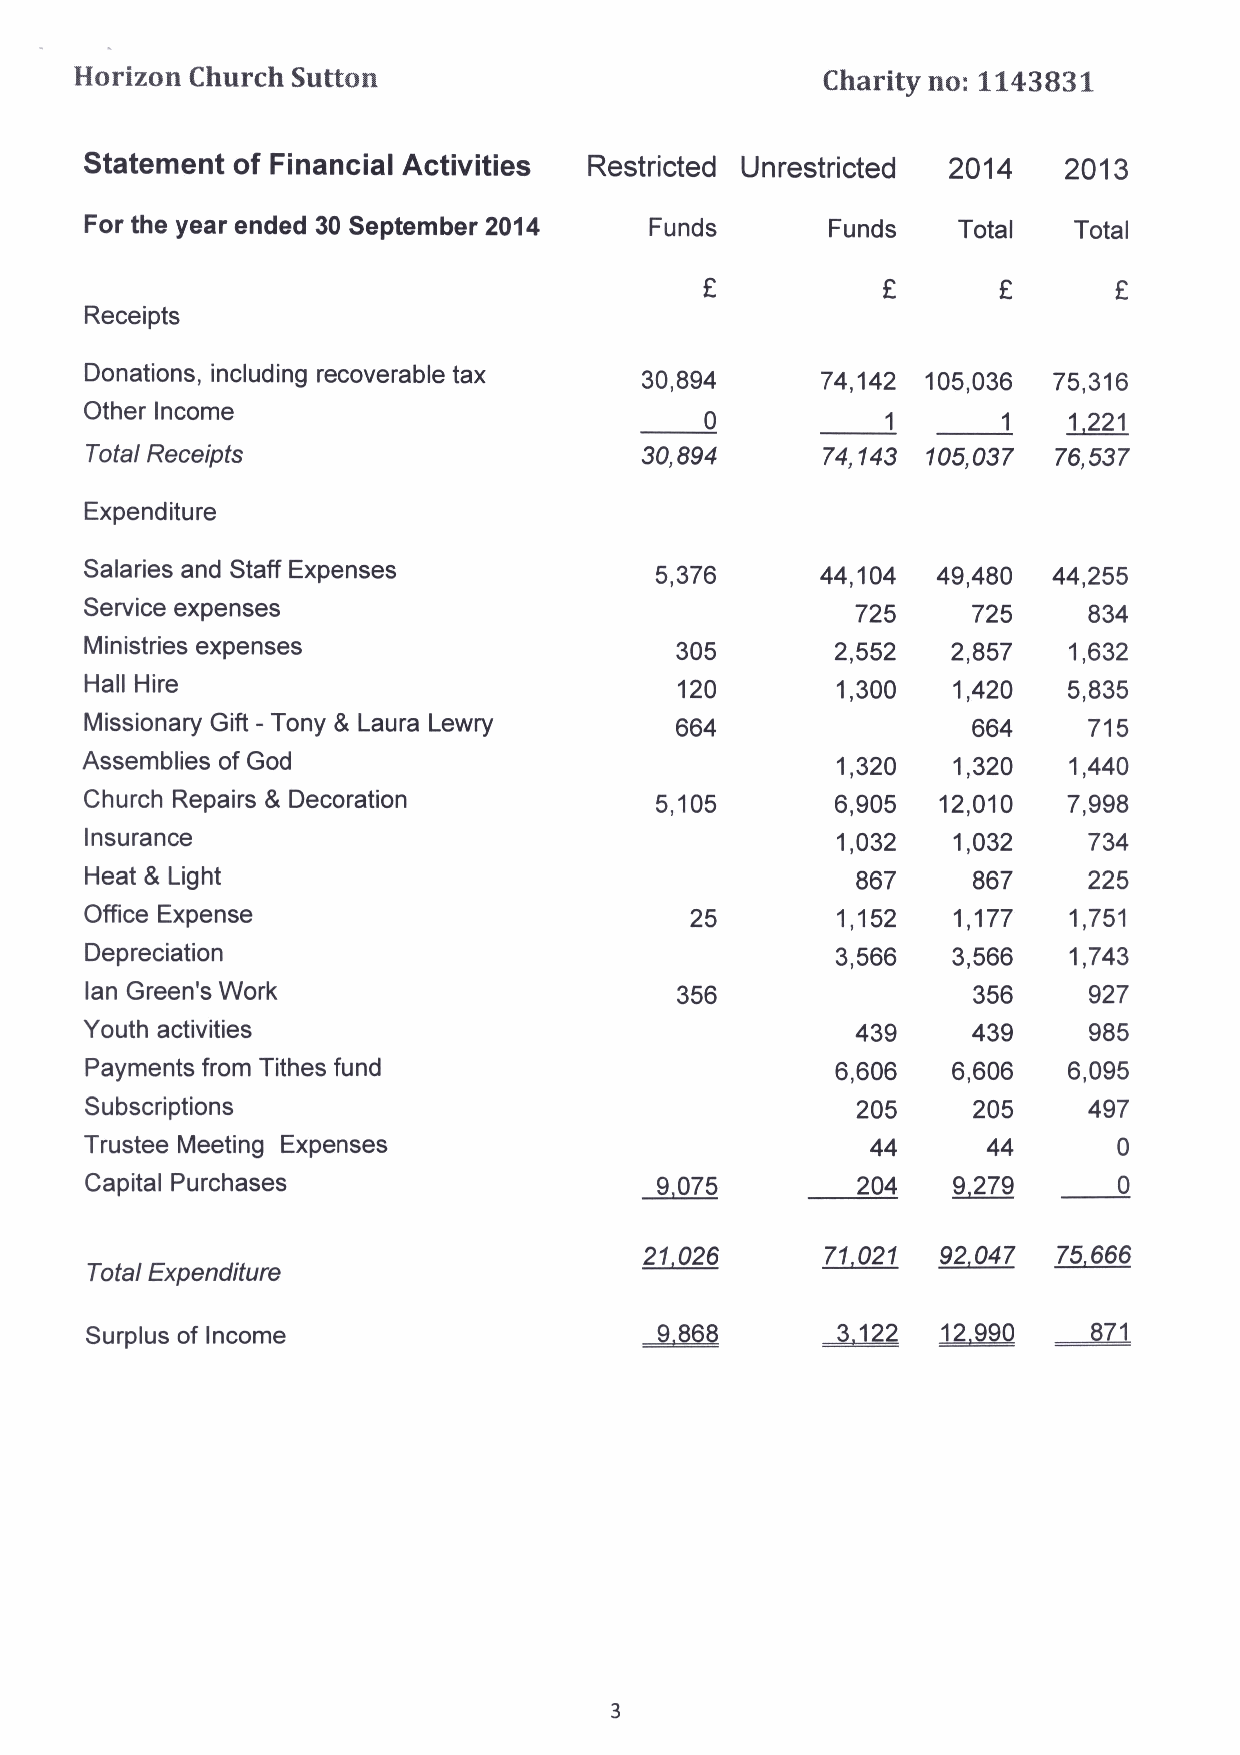
Horizon Church Sutton                            Charity no: 1143831
 Statement of Financial Activities Restricted Unrestricted 2014  2013
 For the year ended 30 September 2014 Funds       Funds   Total   Total
 Receipts
 Donations, including recoverable tax 30,894     74,142 105,036  75,316
 Other Income
 0           1      1    1 221
 Total Receipts                      30,894      74,143 105,037  76,537
 Expenditure
 Salaries and Staff Expenses          5,376      44,104  49,480  44,255
 Service expenses                                   725    725     834
 Ministries expenses                    305       2,552   2,857   1,632
 Hall Hire                              120       1,300   1,420   5,835
 Missionary Gift - Tony 8 Laura Lewry   664                664     715
 Assemblies of God                                 1,320   1,320   1,440
 Church Repairs 8 Decoration          5,105       6,905  12,010   7,998
 Insurance                                        1,032   1,032    734
 Heat 8 Light                                       867    867     225
 Office Expense                          25       1,152   1,177   1,751
 Depreciation                                     3,566   3,566   1,743
 lan Green's Work                       356                356     927
 Youth activities                                   439    439     985
 Payments from Tithes fund                        6,606   6,606   6,095
 Subscriptions                                      205    205     497
 Trustee Meeting Expenses                            44     44       0
 Capital Purchases                    9 075         204   9 279      0
 21 026      71 021 92 047  75 666
 Total Expenditure
 ~71
 Surplus of Income                               ~122    ~1990